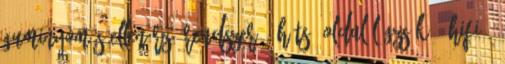
guminyomás-ellenőrző rendszer – hátsó oldal légzsák – HIFI –